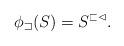
LaTeX: \begin{align*}\phi_\sqsupset(S)=S^{\sqsubset\vartriangleleft}.\end{align*}